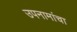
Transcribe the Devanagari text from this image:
उपनामांचा